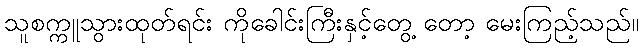
သူစက္ကူသွားထုတ်ရင်း ကိုခေါင်းကြီးနှင့်တွေ့ တော့ မေးကြည့်သည်။